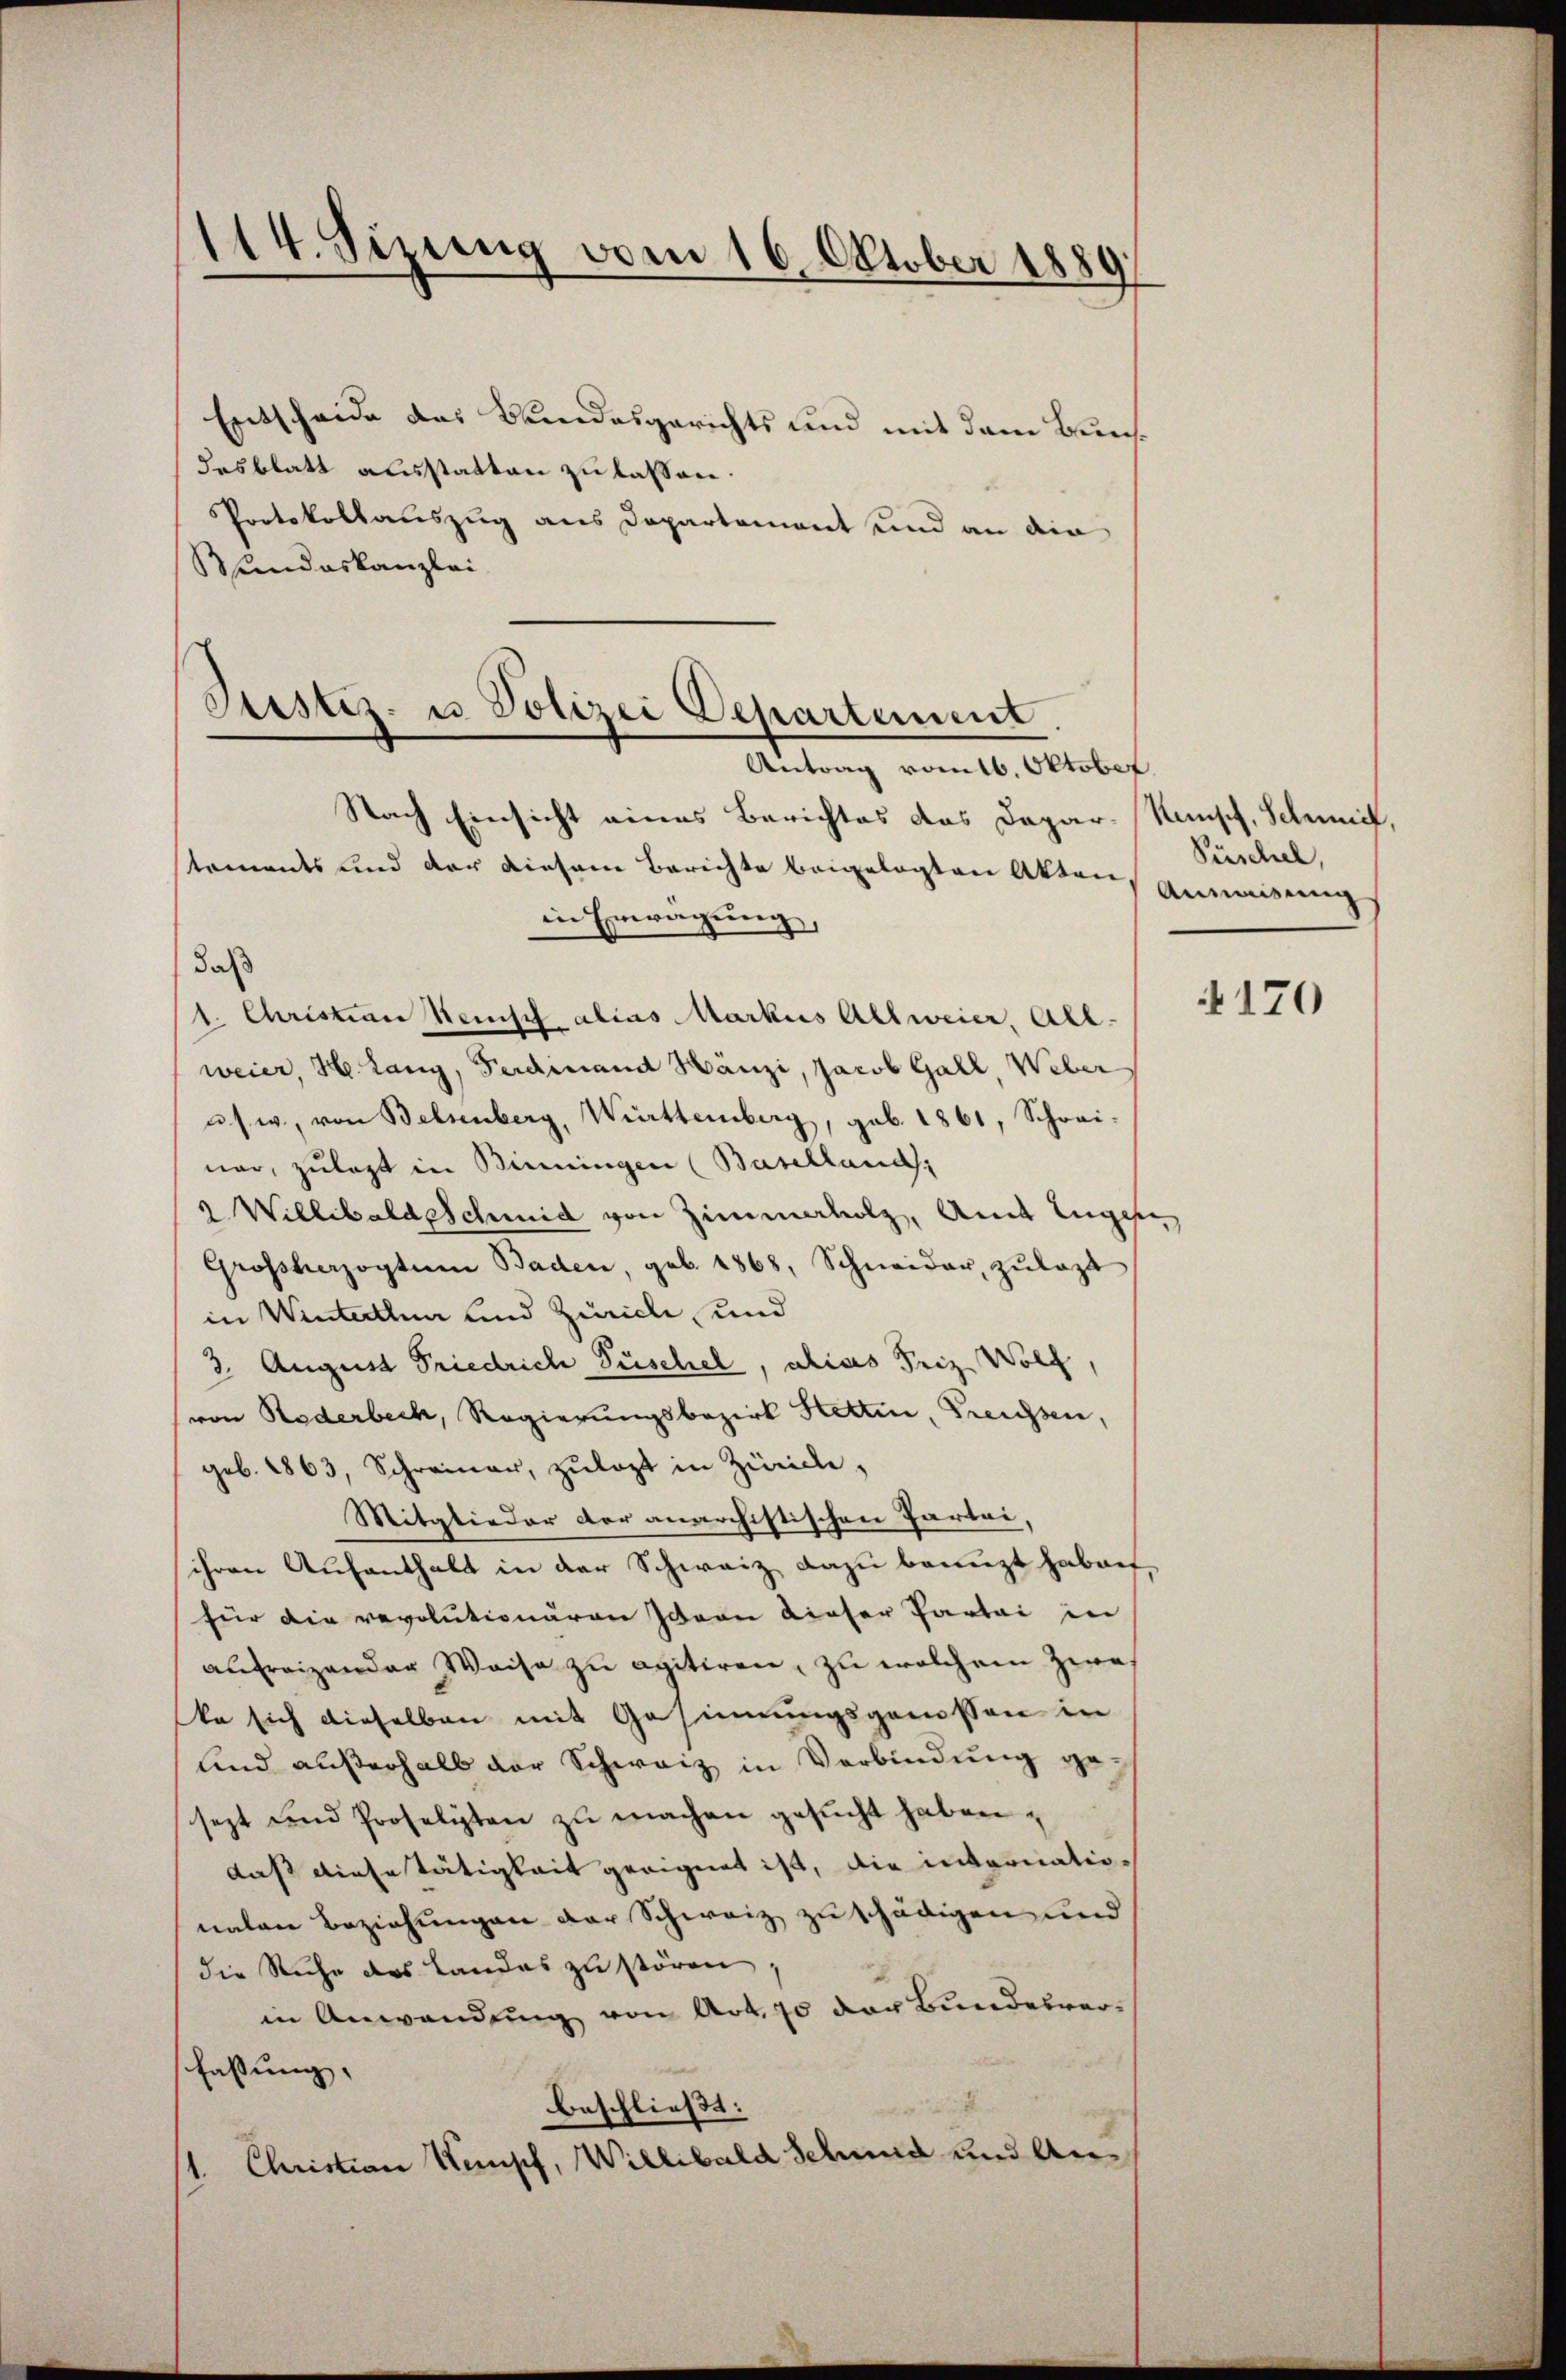
114. Sizung vom 16. Oktober 1889

Entscheide das Bundesgerichts und mit dem Bunsdesblatt ausstatten zu lassen.
Protokollauszug aus Departement und an die
Bundeskanzlei

Justiz- u Polizei Departement
Antrag romtb. Oktober
Nach Einsicht eines Berichtes des Dapar- Wunsch, Schmief,
toments und der diesem Berichte beigelegten Akten
in Erwägung,

daß
1. Christian Benisch alias Markus Allweier, All-
weier, H. Lang, Ferdinand Hanzi, Jacob Gall Weber
u s. w., von Belsenberg, Württemberg, geb. 1861, Schrei-
nar, zulast in Binningen (Baselland,
 Willibald schmid von Zimmerholz, Amt Engese
Grossherzogtum Baden, geb. 1868, Schneider, zŭlast
in Winterthun und Zürich, und
3. August Friedrich Tischel, alias Friz Wolf,
von Rederbeck, Regierungsbezirk Stettin, Treuhsen,
geb. 1863, Schreiner, zulast in Zürich,
Mitglieder der anarchistischen Partei,
ihren Aufenthalt in der Schweiz dazu benuzt haben,
für die revolutionären Ideen dieser Partei in
anfreizender Weise zu agitiren, zu welchem Zwei
ke sich dieselben mit Gesinnungsgenossen in
und außerhalb der Schweiz in Verbindung ge-
sezt und Proselyten zŭ machen gesŭcht haben;
daß diesestätigkeit geeignet ist, die internatio-
nalen Beziehungen der Schweiz zu schädigen und
die Ruche des Landas zŭ stören;
in Anwendung von Art. 70 der Bundesverfassung,
beschließt:
1. Christian Wemupf, Willibald Schmid und An¬

Püschel,
Anweisung

170